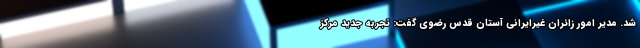
شد. مدیر امور زائران غیرایرانی آستان قدس رضوی گفت: تجربه جدید مرکز